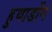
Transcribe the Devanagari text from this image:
हुयाडोंग